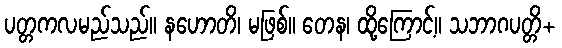
ပတ္တကလမည်သည်။ နဟောတိ၊ မဖြစ်။ တေန၊ ထို့ကြောင့်။ သဘာဂပတ္တိ+